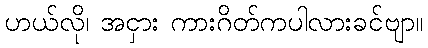
ဟယ်လို၊ အငှား ကားဂိတ်ကပါလားခင်ဗျာ။